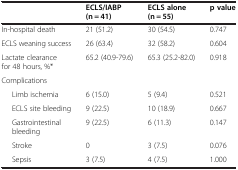
<table><thead><tr><td><b> </b></td><td><b>ECLS/IABP (n = 41)</b></td><td><b>ECLS alone (n = 55)</b></td><td><b>p value</b></td></tr></thead><tbody><tr><td>In-hospital death</td><td>21 (51.2)</td><td>30 (54.5)</td><td>0.747</td></tr><tr><td>ECLS weaning success</td><td>26 (63.4)</td><td>32 (58.2)</td><td>0.604</td></tr><tr><td>Lactate clearance for 48 hours, %*</td><td>65.2 (40.9-79.6)</td><td>65.3 (25.2-82.0)</td><td>0.918</td></tr><tr><td>Complications</td><td> </td><td> </td><td> </td></tr><tr><td>Limb ischemia</td><td>6 (15.0)</td><td>5 (9.4)</td><td>0.521</td></tr><tr><td>ECLS site bleeding</td><td>9 (22.5)</td><td>10 (18.9)</td><td>0.667</td></tr><tr><td>Gastrointestinal bleeding</td><td>9 (22.5)</td><td>6 (11.3)</td><td>0.147</td></tr><tr><td>Stroke</td><td>0</td><td>3 (7.5)</td><td>0.076</td></tr><tr><td>Sepsis</td><td>3 (7.5)</td><td>4 (7.5)</td><td>1.000</td></tr></tbody></table>